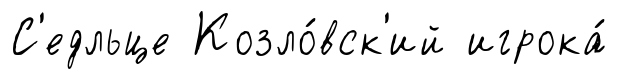
С'едльце Козло́вск'ий игрока́